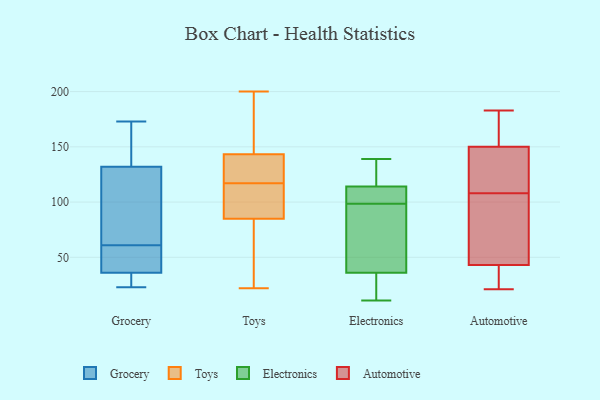
{"axis": {"x": "Satisfaction Score", "y": "Value"}, "legend": ["Automotive", "Electronics", "Grocery", "Toys"], "data": [{"x": "", "y": 32, "type": "Grocery"}, {"x": "", "y": 52, "type": "Grocery"}, {"x": "", "y": 65, "type": "Grocery"}, {"x": "", "y": 132, "type": "Grocery"}, {"x": "", "y": 147, "type": "Grocery"}, {"x": "", "y": 23, "type": "Grocery"}, {"x": "", "y": 46, "type": "Grocery"}, {"x": "", "y": 173, "type": "Grocery"}, {"x": "", "y": 138, "type": "Grocery"}, {"x": "", "y": 57, "type": "Grocery"}, {"x": "", "y": 80, "type": "Grocery"}, {"x": "", "y": 104, "type": "Grocery"}, {"x": "", "y": 36, "type": "Grocery"}, {"x": "", "y": 56, "type": "Grocery"}, {"x": "", "y": 29, "type": "Grocery"}, {"x": "", "y": 34, "type": "Grocery"}, {"x": "", "y": 80, "type": "Grocery"}, {"x": "", "y": 149, "type": "Grocery"}, {"x": "", "y": 119, "type": "Toys"}, {"x": "", "y": 63, "type": "Toys"}, {"x": "", "y": 121, "type": "Toys"}, {"x": "", "y": 117, "type": "Toys"}, {"x": "", "y": 183, "type": "Toys"}, {"x": "", "y": 22, "type": "Toys"}, {"x": "", "y": 115, "type": "Toys"}, {"x": "", "y": 110, "type": "Toys"}, {"x": "", "y": 73, "type": "Toys"}, {"x": "", "y": 133, "type": "Toys"}, {"x": "", "y": 89, "type": "Toys"}, {"x": "", "y": 174, "type": "Toys"}, {"x": "", "y": 200, "type": "Toys"}, {"x": "", "y": 102, "type": "Electronics"}, {"x": "", "y": 139, "type": "Electronics"}, {"x": "", "y": 33, "type": "Electronics"}, {"x": "", "y": 36, "type": "Electronics"}, {"x": "", "y": 133, "type": "Electronics"}, {"x": "", "y": 20, "type": "Electronics"}, {"x": "", "y": 110, "type": "Electronics"}, {"x": "", "y": 60, "type": "Electronics"}, {"x": "", "y": 63, "type": "Electronics"}, {"x": "", "y": 104, "type": "Electronics"}, {"x": "", "y": 95, "type": "Electronics"}, {"x": "", "y": 114, "type": "Electronics"}, {"x": "", "y": 123, "type": "Electronics"}, {"x": "", "y": 11, "type": "Electronics"}, {"x": "", "y": 137, "type": "Automotive"}, {"x": "", "y": 154, "type": "Automotive"}, {"x": "", "y": 183, "type": "Automotive"}, {"x": "", "y": 55, "type": "Automotive"}, {"x": "", "y": 24, "type": "Automotive"}, {"x": "", "y": 160, "type": "Automotive"}, {"x": "", "y": 85, "type": "Automotive"}, {"x": "", "y": 66, "type": "Automotive"}, {"x": "", "y": 21, "type": "Automotive"}, {"x": "", "y": 31, "type": "Automotive"}, {"x": "", "y": 131, "type": "Automotive"}, {"x": "", "y": 146, "type": "Automotive"}]}